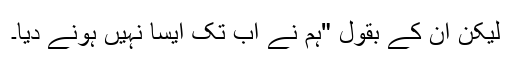
لیکن ان کے بقول "ہم نے اب تک ایسا نہیں ہونے دیا۔